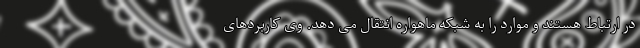
در ارتباط هستند و موارد را به شبکه ماهواره انتقال می دهد. وی کاربردهای